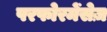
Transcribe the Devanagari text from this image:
परफोरमेंसेज़